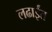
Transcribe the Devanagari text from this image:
लढाईंत